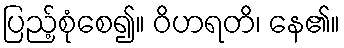
ပြည့်စုံစေ၍။ ဝိဟရတိ၊ နေ၏။